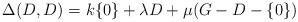
LaTeX: \begin{align*}\Delta(D, D)=k\{0\}+\lambda D+\mu(G-D-\{0\})\end{align*}